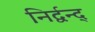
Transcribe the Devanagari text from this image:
निर्द्वन्द्